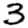
Digit: 3